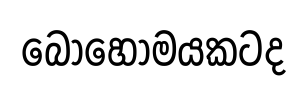
බොහොමයකටද